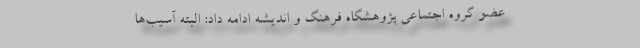
عضو گروه اجتماعی پژوهشگاه فرهنگ و اندیشه ادامه داد: البته آسیب‌ها